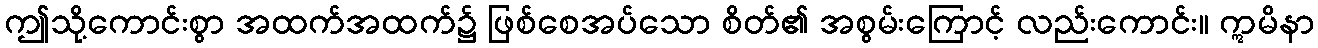
ဤသို့ကောင်းစွာ အထက်အထက်၌ ဖြစ်စေအပ်သော စိတ်၏ အစွမ်းကြောင့် လည်းကောင်း။ ဣမိနာ